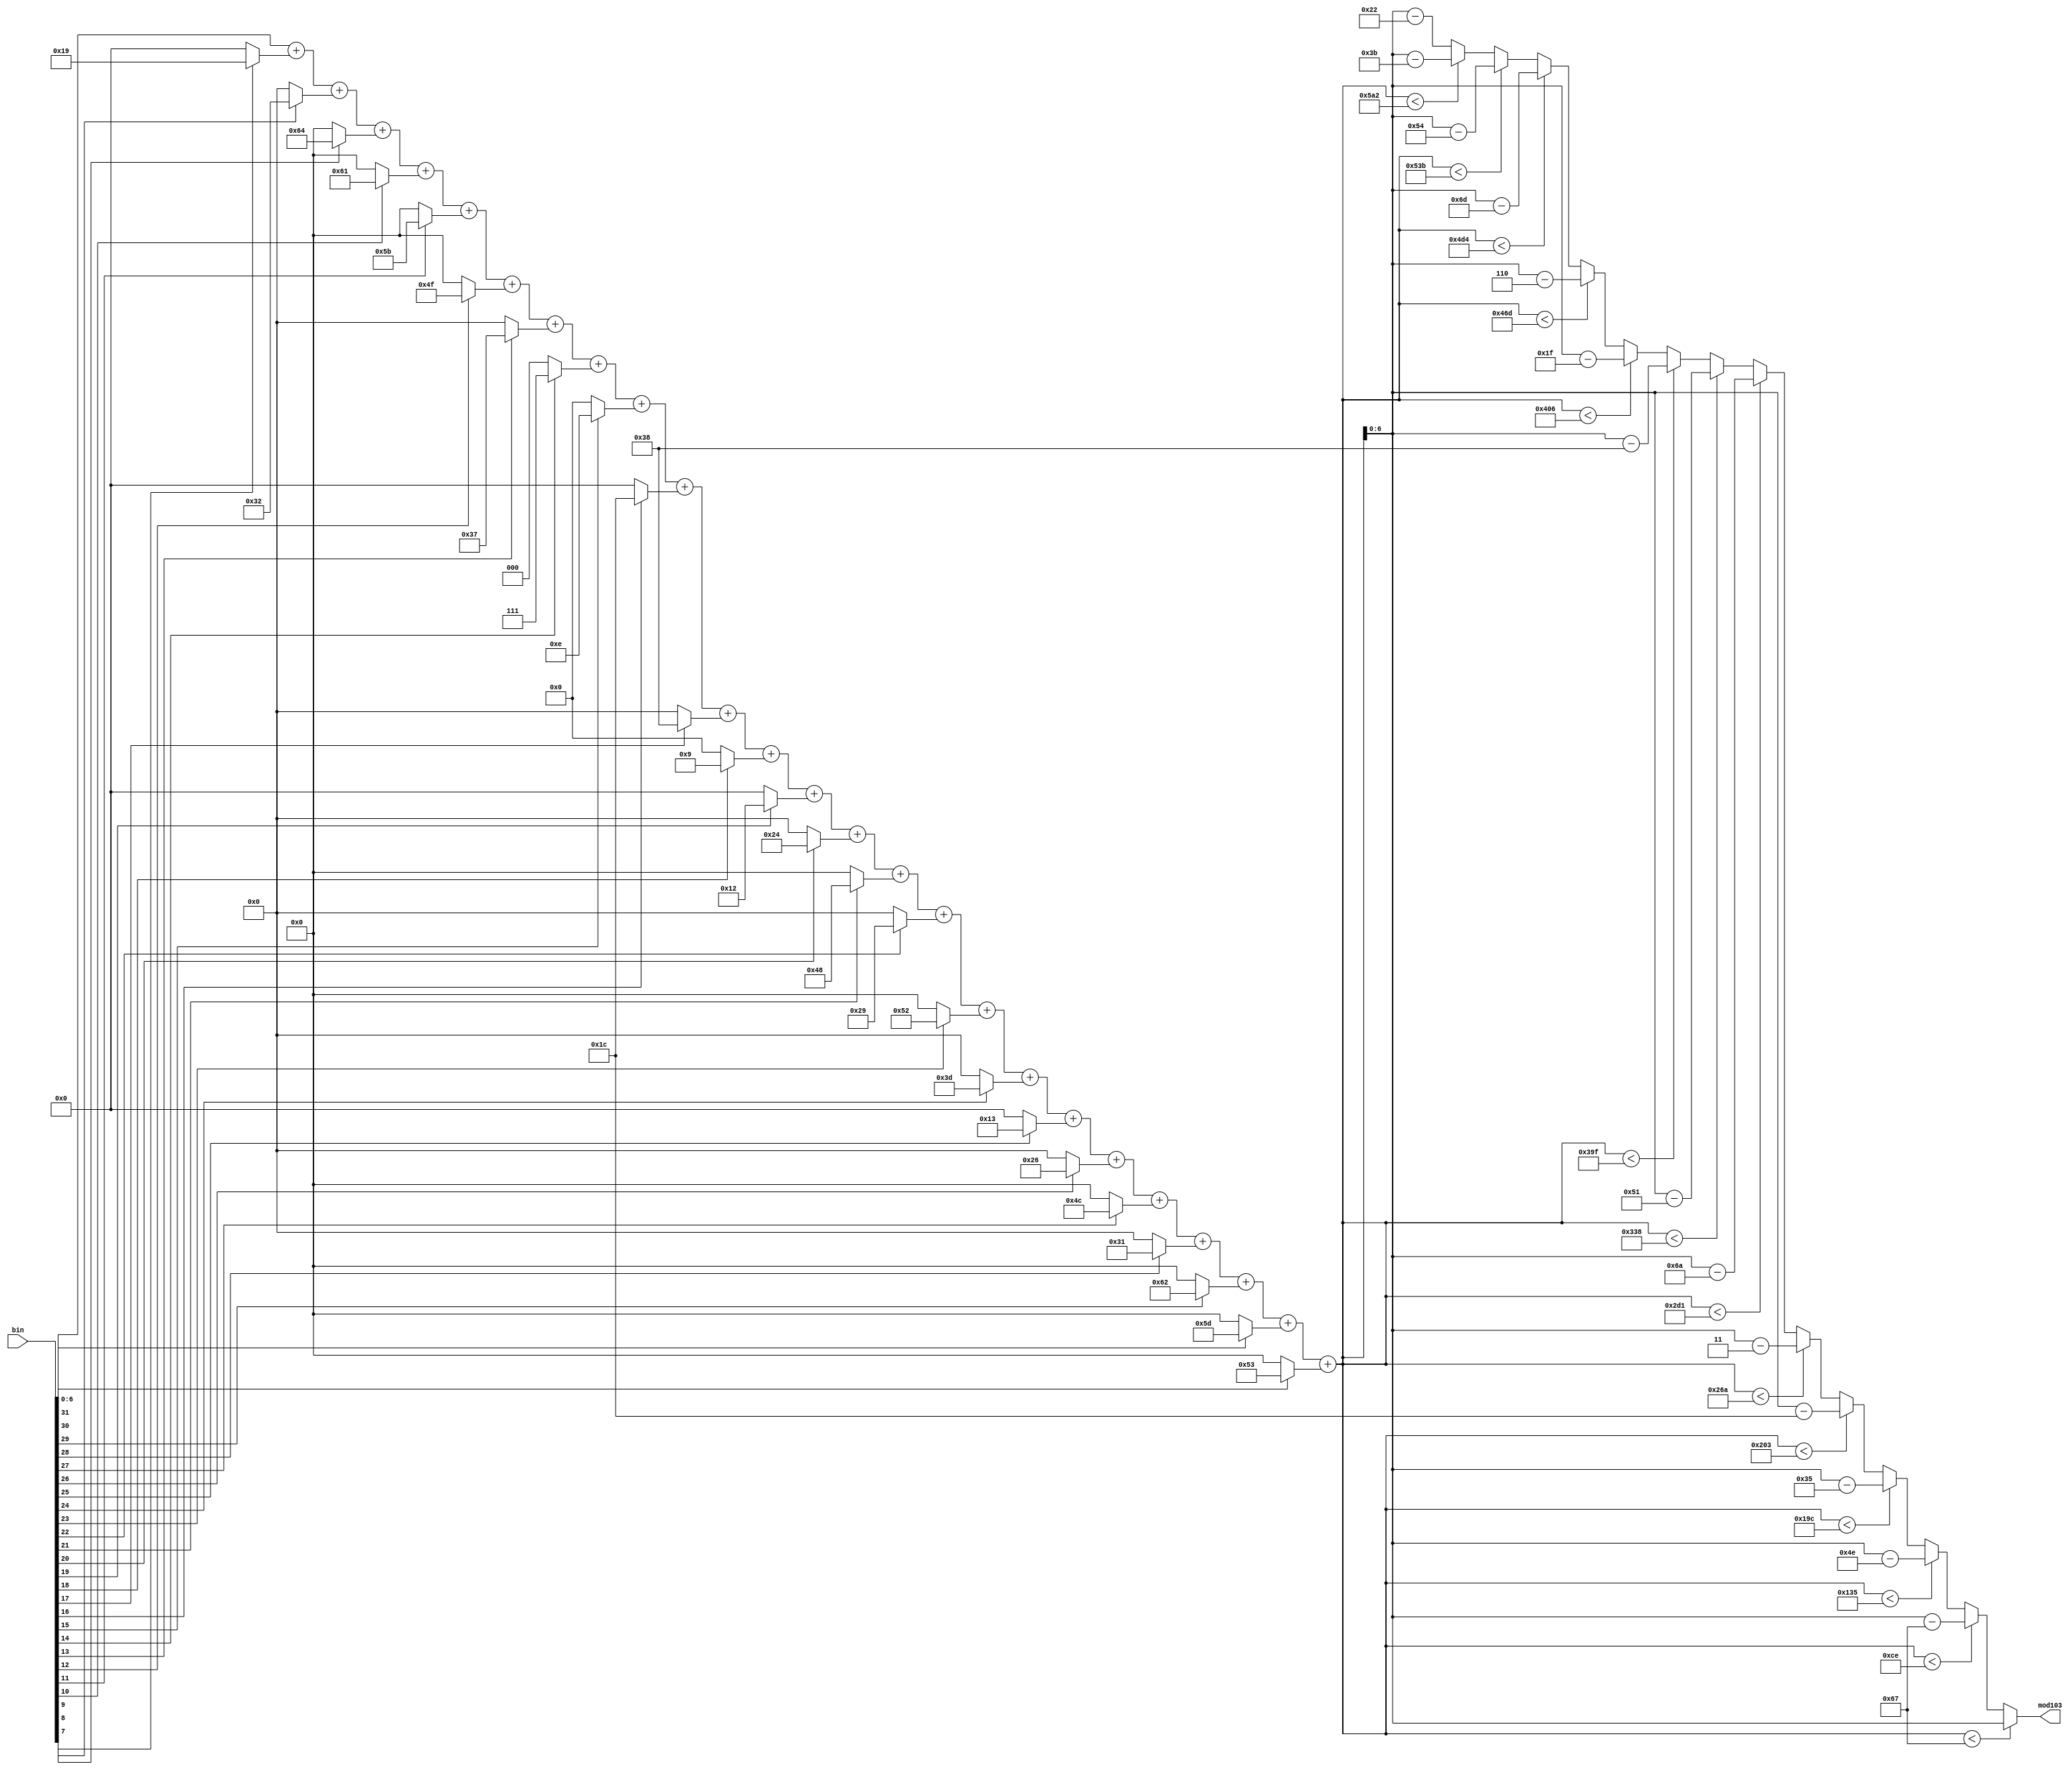
`timescale 1ns / 1ps
//////////////////////////////////////////////////////////////////////////////////
// Company: 
// Engineer: 
// 
// Design Name: 
// Module Name: modulo103
// Project Name: 
// Target Devices: 
// Tool Versions: 
// Description: 
// 
// Dependencies: 
// 
// Revision:
// Revision 0.01 - File Created
// Additional Comments:
// 
//////////////////////////////////////////////////////////////////////////////////


module modulo103(input [31:0] bin, output reg [6:0] mod103);
wire [6:0] s31,s30,s29,s28,s27,s26,s25,s24,s23,s22,s21,s20,s19,s18,s17,s16,s15,s14,s13,s12,s11,s10,s9,s8,s7;
wire [10:0] sum;

assign s31 = bin[31] ? 7'd83 : 7'd0;
assign s30 = bin[30] ? 7'd93 : 7'd0;
assign s29 = bin[29] ? 7'd98 : 7'd0;
assign s28 = bin[28] ? 7'd49 : 7'd0;
assign s27 = bin[27] ? 7'd76 : 7'd0;
assign s26 = bin[26] ? 7'd38 : 7'd0;
assign s25 = bin[25] ? 7'd19 : 7'd0;
assign s24 = bin[24] ? 7'd61 : 7'd0;
assign s23 = bin[23] ? 7'd82 : 7'd0;
assign s22 = bin[22] ? 7'd41 : 7'd0;
assign s21 = bin[21] ? 7'd72 : 7'd0;
assign s20 = bin[20] ? 7'd36 : 7'd0;
assign s19 = bin[19] ? 7'd18 : 7'd0;
assign s18 = bin[18] ? 7'd9 : 7'd0;
assign s17 = bin[17] ? 7'd56 : 7'd0;
assign s16 = bin[16] ? 7'd28 : 7'd0;
assign s15 = bin[15] ? 7'd14 : 7'd0;
assign s14 = bin[14] ? 7'd7 : 7'd0;
assign s13 = bin[13] ? 7'd55 : 7'd0;
assign s12 = bin[12] ? 7'd79 : 7'd0;
assign s11 = bin[11] ? 7'd91 : 7'd0;
assign s10 = bin[10] ? 7'd97 : 7'd0;
assign s9 = bin[9] ? 7'd100 : 7'd0;
assign s8 = bin[8] ? 7'd50 : 7'd0;
assign s7 = bin[7] ? 7'd25 : 7'd0;

assign sum = bin[6:0]+s7+s8+s9+s10+s11+s12+s13+s14+s15+s16+s17+s18+s19+s20+s21+s22+s23+s24+s25+s26+s27+s28+s29+s30+s31;

always@(*)
begin
    if(sum < 12'd103)
        mod103 = sum;
    else if(sum < 12'd206)
        mod103 = sum - 12'd103;
    else if(sum < 12'd309)
        mod103 = sum - 12'd206;
    else if(sum < 12'd412)
        mod103 = sum - 12'd309;
    else if(sum < 12'd515)
        mod103 = sum - 12'd412;
    else if(sum < 12'd618)
        mod103 = sum - 12'd515;
    else if(sum < 12'd721)
        mod103 = sum - 12'd618;
    else if(sum < 12'd824)
        mod103 = sum - 12'd721;
    else if(sum < 12'd927)
        mod103 = sum - 12'd824;
    else if(sum < 12'd1030)
        mod103 = sum - 12'd927;
    else if(sum < 12'd1133)
        mod103 = sum - 12'd1030;
    else if(sum < 12'd1236)
        mod103 = sum - 12'd1133;
    else if(sum < 12'd1339)
        mod103 = sum - 12'd1236;
    else if(sum < 12'd1442)
        mod103 = sum - 12'd1339;
    else
        mod103 = sum -12'd1442;     

end
endmodule